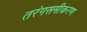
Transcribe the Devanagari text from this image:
तरंगसमीकरण